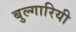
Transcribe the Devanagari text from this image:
बुल्गारियी